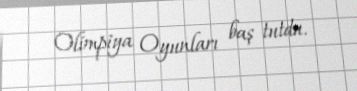
Olimpiya Oyunları baş tutdu.